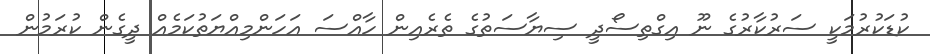
ކުޑަކުރުމަކީ ސަރުކާރުގެ ނޫ އިގްތިސޯދީ ސިޔާސަތުގެ ތެރެއިން ހާއްސަ އަހަންމިއްޔަތުކަމެއް ދީގެން ކުރަމުން